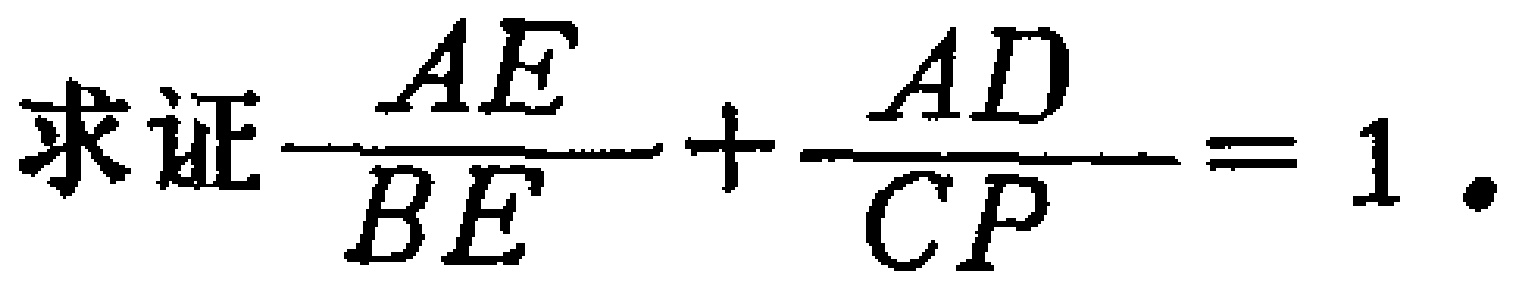
求证$\dfrac{AE}{BE}+\dfrac{AD}{CP}=1.$